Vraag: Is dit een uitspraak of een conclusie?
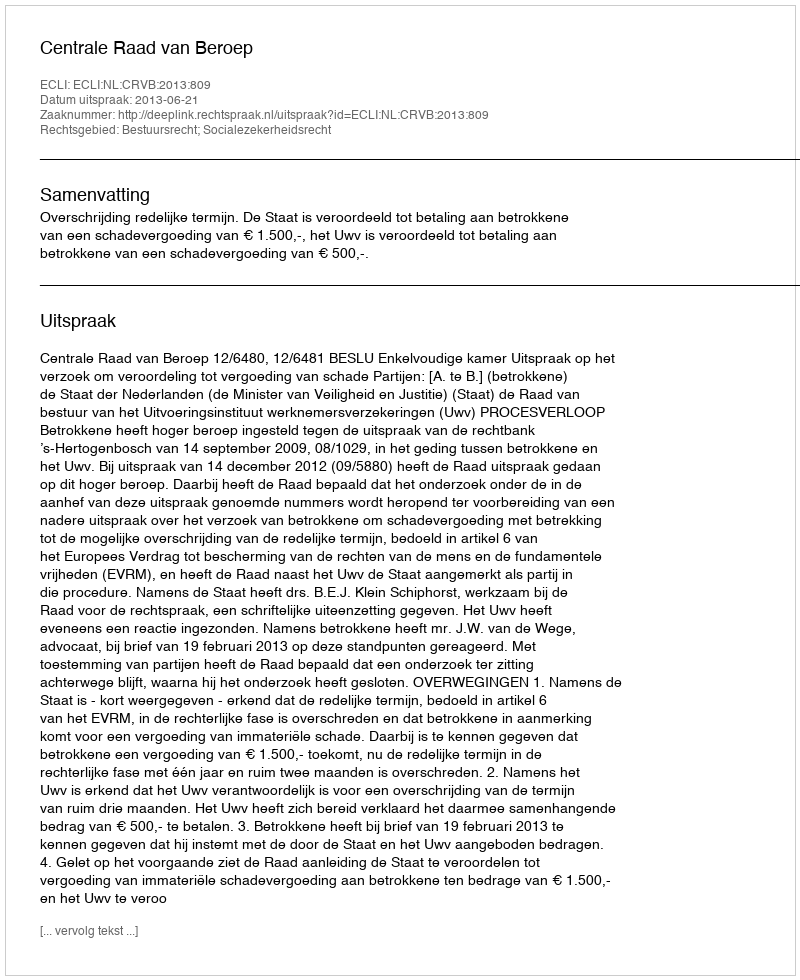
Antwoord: Uitspraak